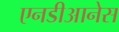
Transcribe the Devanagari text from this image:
एनडीआनेस